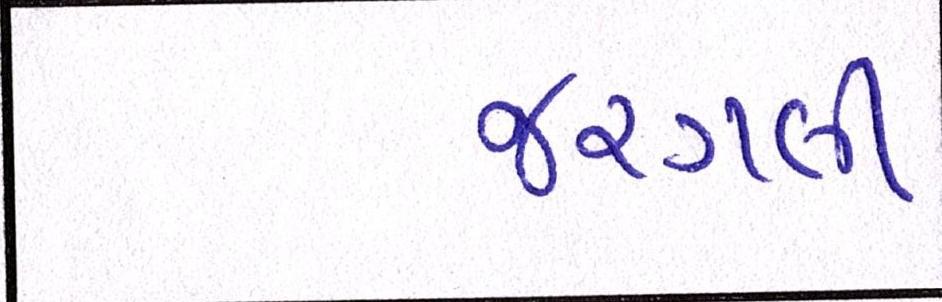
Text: જરગલી